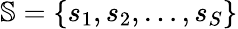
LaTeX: \mathbb{S}=\{ s_{1},s_{2},\dots,s_{S}\}